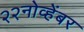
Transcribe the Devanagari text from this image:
२२नोव्हेंबर